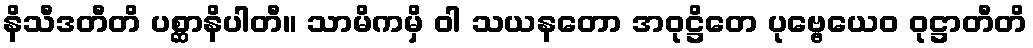
နိသီဒတီတိ ပစ္ဆာနိပါတီ။ သာမိကမှိ ဝါ သယနတော အဝုဋ္ဌိတေ ပုဗ္ဗေယေဝ ဝုဋ္ဌာတီတိ